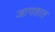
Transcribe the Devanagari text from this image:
जागतात